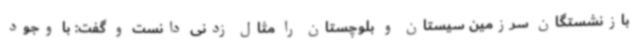
بازنشستگان سرزمین سیستان و بلوچستان را مثال زدنی دانست و گفت: با وجود